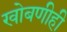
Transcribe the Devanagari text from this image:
खोबणीही